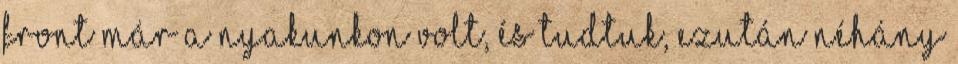
front már a nyakunkon volt, és tudtuk, ezután néhány